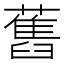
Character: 舊